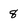
Character: 8